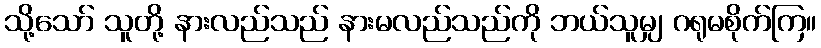
သို့သော် သူတို့ နားလည်သည် နားမလည်သည်ကို ဘယ်သူမျှ ဂရုမစိုက်ကြ။